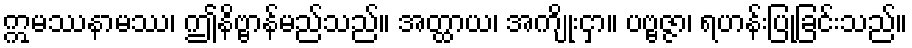
ဣမဿနာမဿ၊ ဤနိဗ္ဗာန်မည်သည်။ အတ္ထာယ၊ အကျိုးငှာ။ ပဗ္ဗဇ္ဇာ၊ ရဟန်းပြုခြင်းသည်။